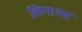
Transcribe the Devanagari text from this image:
लिए।यह